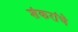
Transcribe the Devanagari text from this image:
शंकरांचे